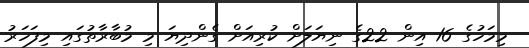
މިމަހުގެ 16 އިން 22ގެ ނިޔަލަށް ކުރިއަށް ގެންދިޔަ މި މުބާރާތުގައި މިފަހަރު